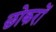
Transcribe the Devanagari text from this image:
छोकरों